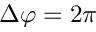
\Delta \varphi = 2 \pi